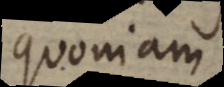
quoniam